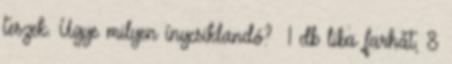
teszek. Ugye milyen ínycsiklandó? 1 db liba farhát, 8